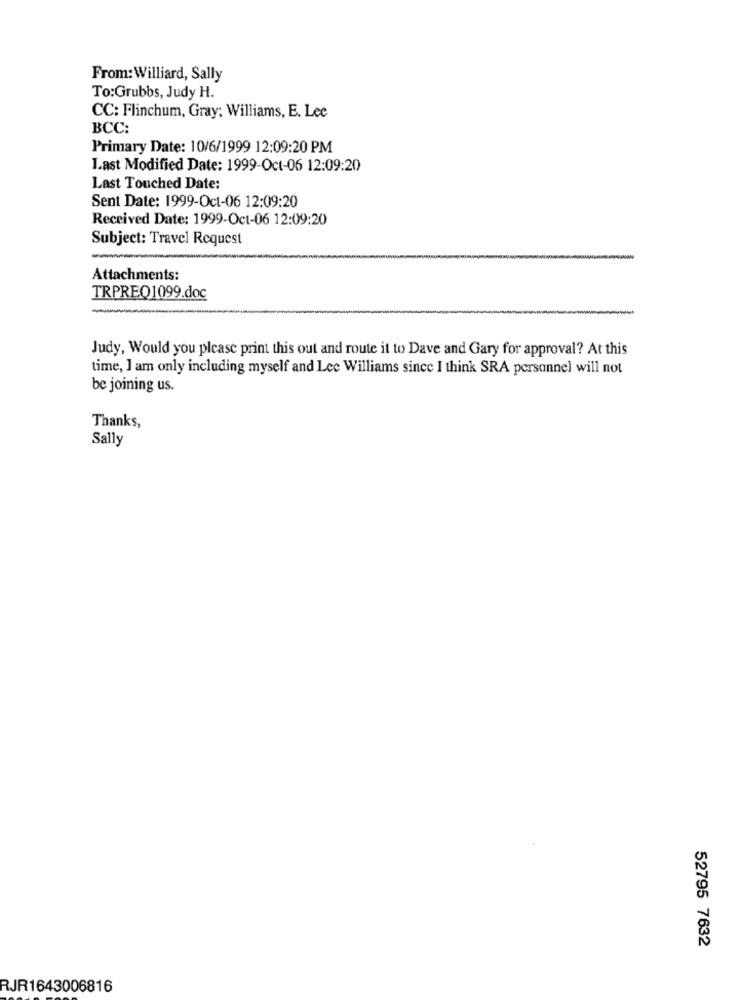
From: Williard, Sally
To:Grubbs, Judy H.
CC: Flinchum, Gray; Williams, E. Lee
BCC:
Primary Date: 10/6/1999 12:09:20 PM
Last Modified Date: 1999-Oct-06 12:09:20
Last Touched Date:
Sent Date: 1999-Oct-06 12:09:20
Received Date: 1999-Oct-06 12:09:20
Subject: Travel Request
Attachments:
TRPREQ1099.doc
Judy, Would you please print this out and route it to Dave and Gary for approval? At this
time, I am only including myself and Lee Williams since I think SRA personnel will not
be joining us.
Thanks,
Sally
52795 7632
RJR1643006816